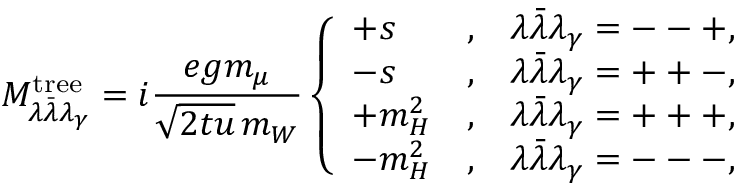
{ \cal M } _ { \lambda \bar { \lambda } \lambda _ { \gamma } } ^ { \mathrm { t r e e } } = i \frac { e g m _ { \mu } } { \sqrt { \displaystyle 2 t u } \, m _ { W } } \left\{ \begin{array} { l c l } { { + s } } & { { , } } & { { \lambda \bar { \lambda } \lambda _ { \gamma } = -- + , } } \\ { { - s } } & { { , } } & { { \lambda \bar { \lambda } \lambda _ { \gamma } = + + - , } } \\ { { + m _ { H } ^ { 2 } } } & { { , } } & { { \lambda \bar { \lambda } \lambda _ { \gamma } = + + + , } } \\ { { - m _ { H } ^ { 2 } } } & { { , } } & { { \lambda \bar { \lambda } \lambda _ { \gamma } = --- , } } \end{array} \right. \,